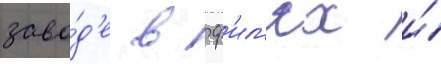
заво́д'е в ф'ил'ях и́